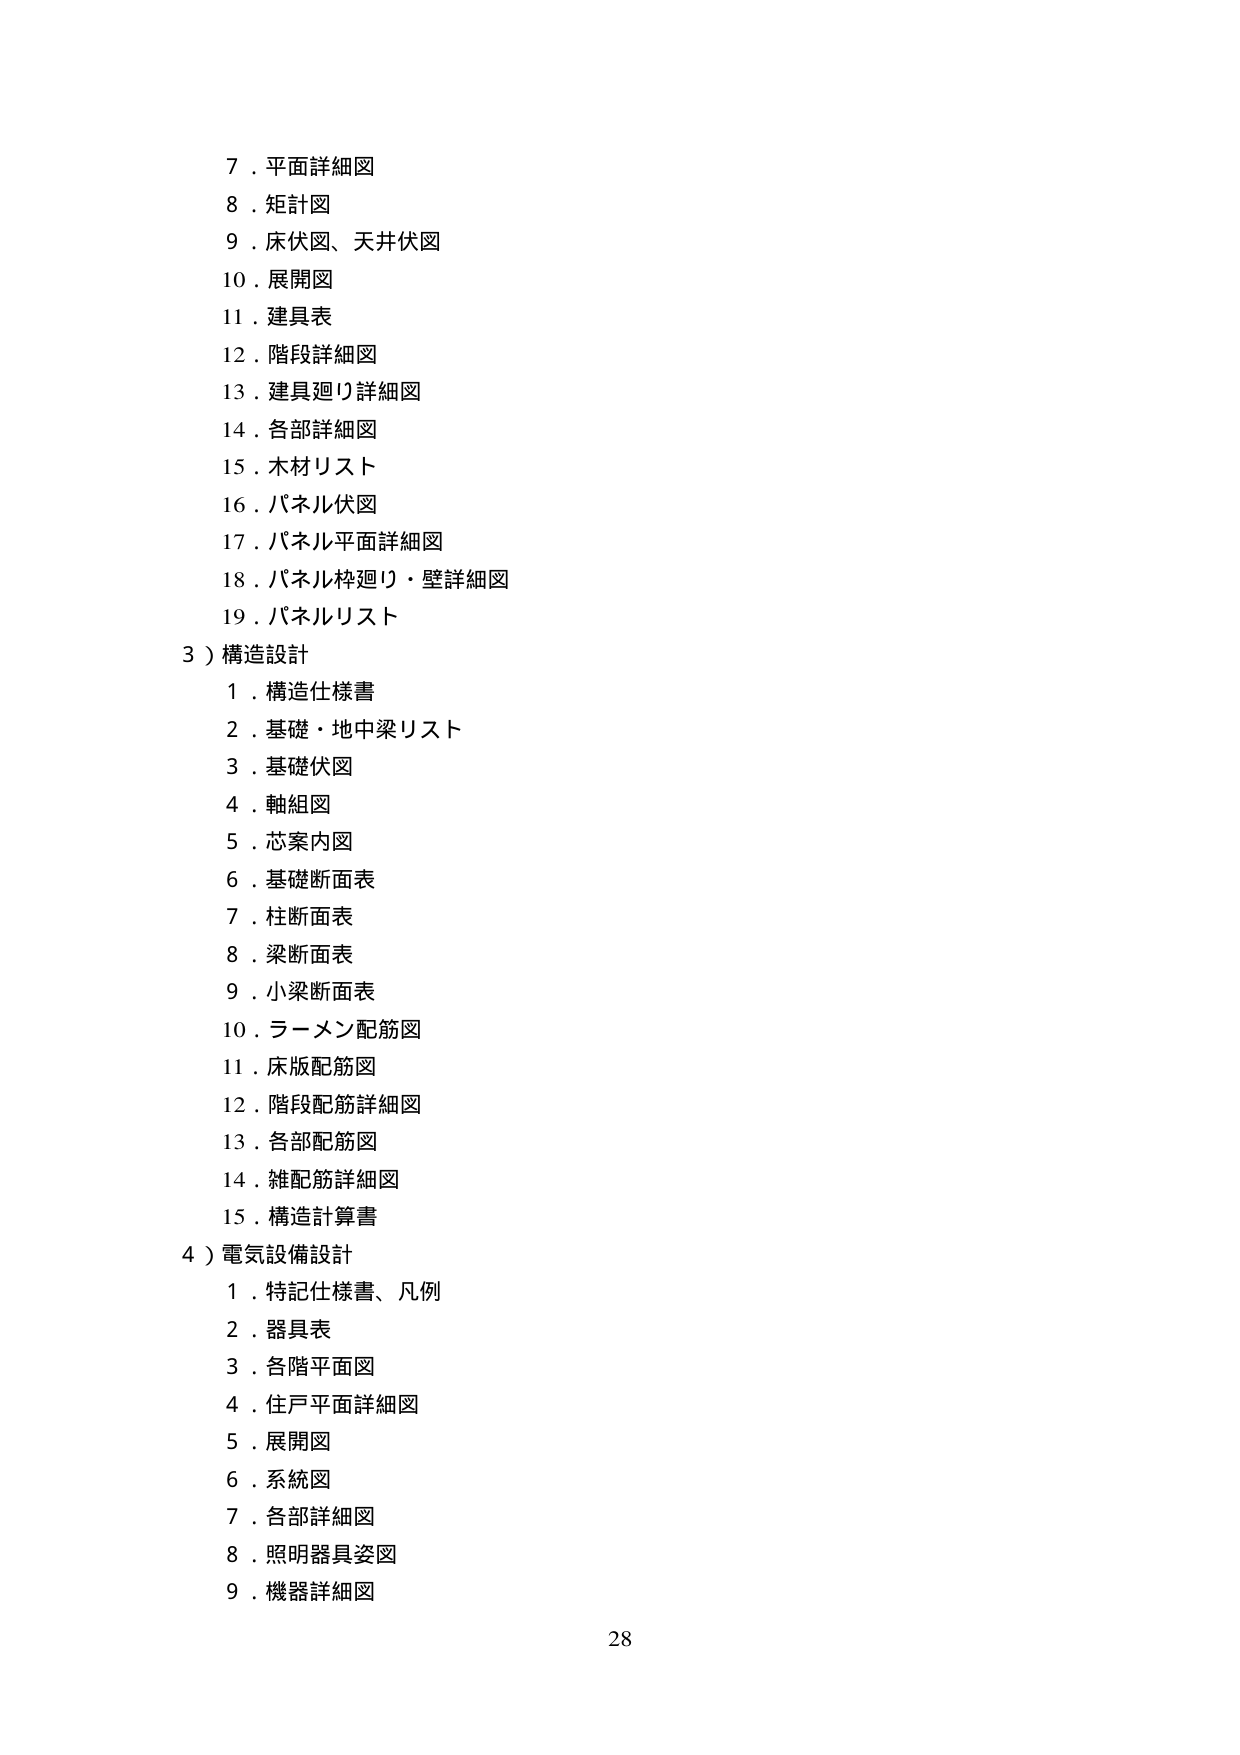
7．平面詳細図
8．矩計図
9．床伏図、天井伏図
10．展開図
11．建具表
12．階段詳細図
13．建具廻り詳細図
14．各部詳細図
15．木材リスト
16．パネル伏図
17．パネル平面詳細図
18．パネル枠廻り・壁詳細図
19．パネルリスト

3）構造設計
　1．構造仕様書
　2．基礎・地中梁リスト
　3．基礎伏図
　4．軸組図
　5．芯案内図
　6．基礎断面表
　7．柱断面表
　8．梁断面表
　9．小梁断面表
　10．ラーメン配筋図
　11．床版配筋図
　12．階段配筋詳細図
　13．各部配筋図
　14．雑配筋詳細図
　15．構造計算書

4）電気設備設計
　1．特記仕様書、凡例
　2．器具表
　3．各階平面図
　4．住戸平面詳細図
　5．展開図
　6．系統図
　7．各部詳細図
　8．照明器具姿図
　9．機器詳細図

28